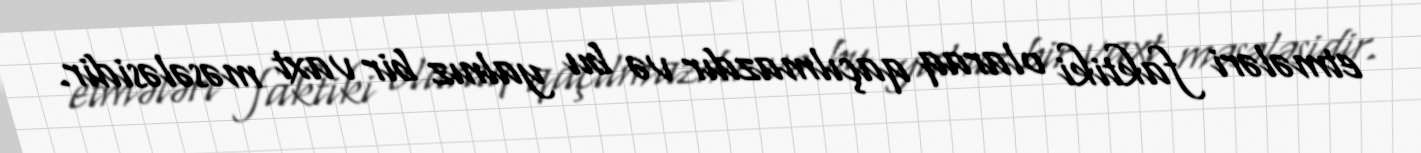
etmələri faktiki olaraq qaçılmazdır və bu yalnız bir vaxt məsələsidir.